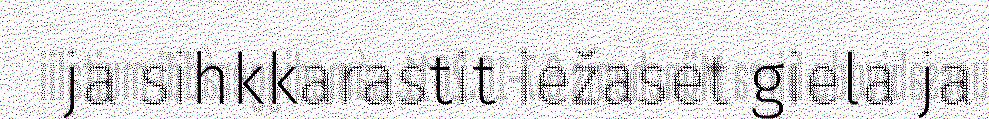
ja sihkkarastit iežaset giela ja